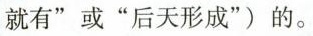
就有”或“后天形成”)